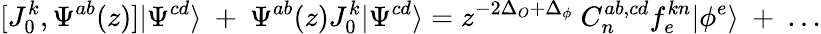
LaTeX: [J_{0}^{k},\Psi^{ab}(z)]|\Psi^{cd}\rangle~+~\Psi^{ab}(z)J_{0}^{k}|\Psi^{cd}\rangle=z^{-2\Delta_{O}+\Delta_{\phi}}~C_{n}^{ab,cd}f_{e}^{kn}|\phi^{e}\rangle~+~...